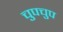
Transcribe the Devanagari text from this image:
चुपचुप